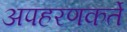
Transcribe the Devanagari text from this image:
अपहरणकर्ते